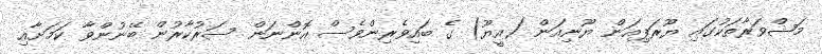
މަޝްވަރާތަކުގައި ޔޫރަޕިއަން ޔޫނިއަން (އީޔޫ) ގެ ބައިވެރިންވެސް އޮންނަން ސަރުކާރުން ބޭނުންވާ ކަމަށާއި